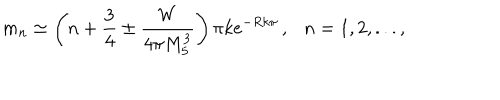
m _ { n } \simeq \left( n + \frac { 3 } { 4 } \pm \frac { W } { 4 \pi M _ { 5 } ^ { 3 } } \right) \pi k e ^ { - R k \pi } \, , \ \ \ n = 1 , 2 , . . . ,